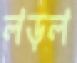
লড়ল